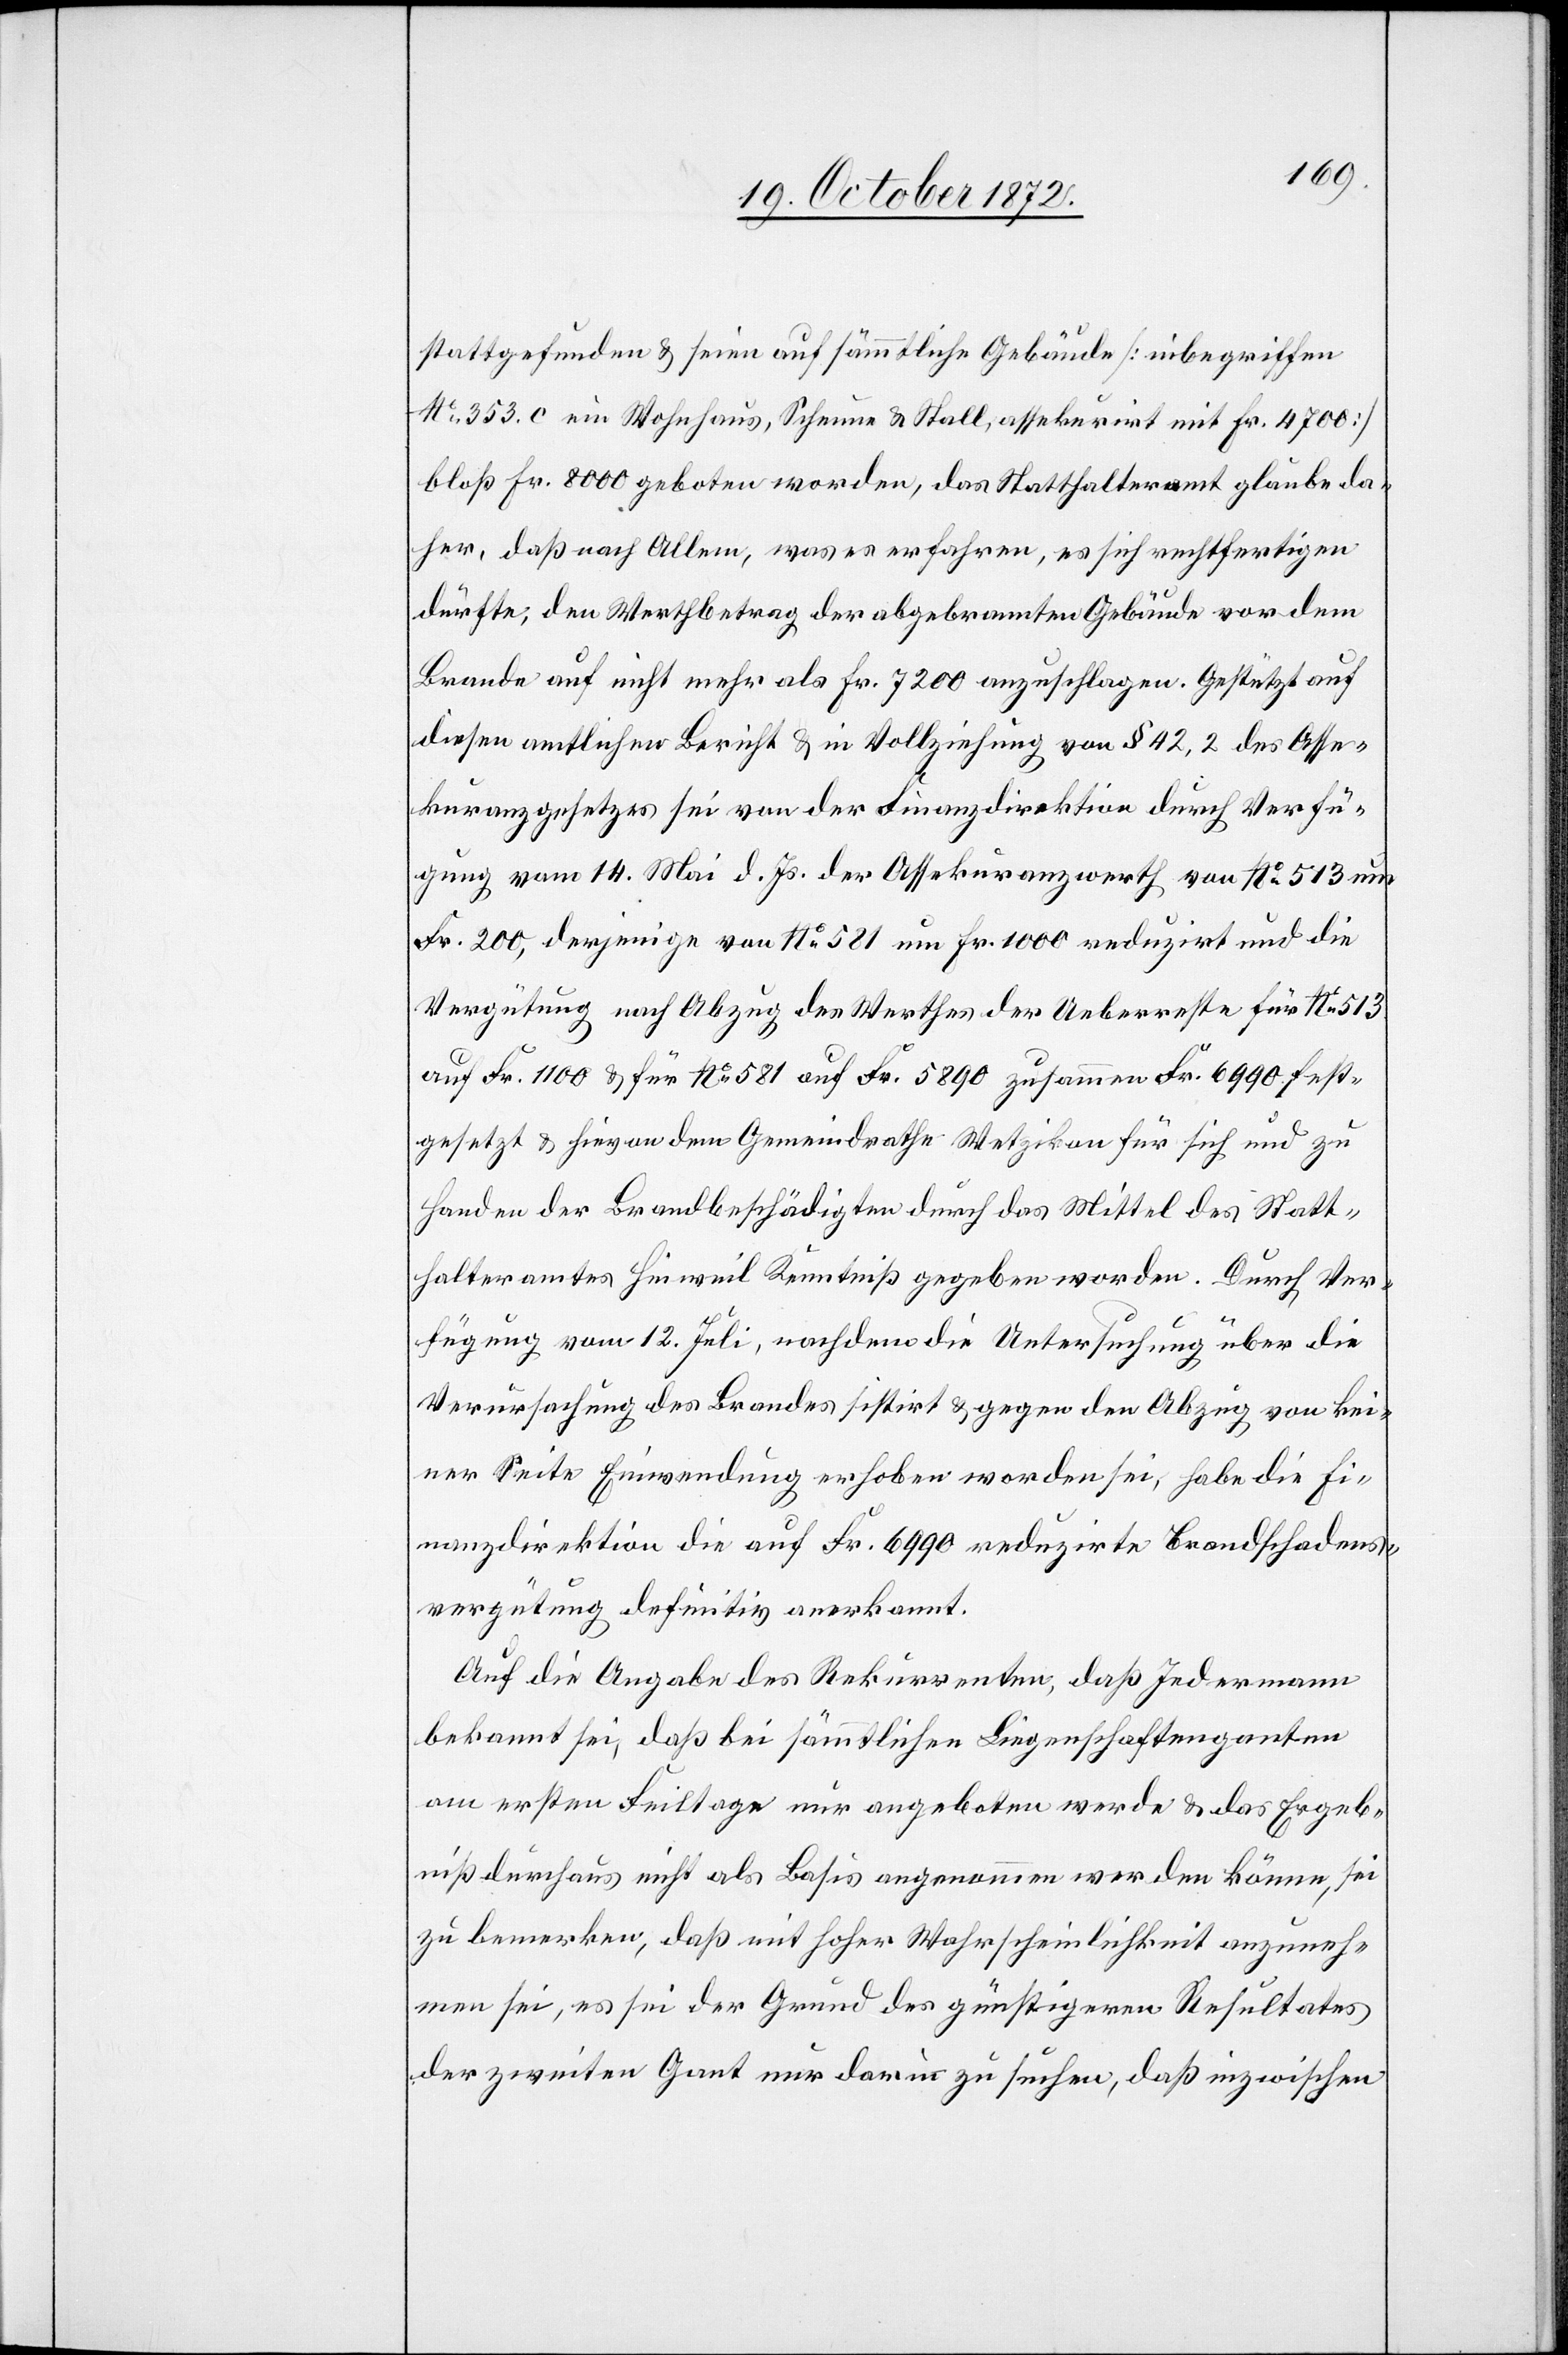
stattgefunden u. seien auf sämmtliche Gebäude [inbegriffen
No 353. c ein Wohnhaus, Scheune u. Stall assekurirt mit Fr. 4700]
bloß Fr. 8000 geboten worden, das Statthalteramt glaube da¬
her, daß nach Allem, was es erfahren, es sich rechtfertigen
dürfte, den Werthbetrag der abgebrannten Gebäude vor dem
Brande auf nicht mehr als Fr. 7200 anzuschlagen. Gestützt auf
diesen amtlichen Bericht u. in Vollziehung von § 42,2 des Asse¬
kuranzgesetzes sei von der Finanzdirektion durch Verfü¬
gung vom 14. Mai d. Js. der Assekuranzwerth von No 513 um
Fr. 200, derjenige von No 581 um Fr. 1000 reduzirt und die
Vergütung nach Abzug des Werthes der Ueberreste für No 513
auf Fr. 1100 u. für No 581 auf Fr. 5890 zusammen Fr. 6990 fest¬
gesetzt u. hievon dem Gemeindrathe Wetzikon für sich und zu
Handen der Brandbeschädigten durch das Mittel des Statt¬
halteramtes Hinweil Kenntniß gegeben worden. Durch Ver¬
fügung vom 12. Juli, nachdem die Untersuchung über die
Verursachung des Brandes sistirt u. gegen den Abzug von kei¬
ner Seite Einwendung erhoben worden sei, habe die Fi¬
nanzdirektion die auch Fr. 6990 reduzirte Brandschadens¬
vergütung definitiv anerkannt.
Auf die Angabe des Rekurrenten, daß Jedermann
bekannt sei, daß bei sämmtlichen Liegenschaftenganten
am ersten Feiltage nur angeboten werde u. das Ergeb¬
niß durchaus nicht als Basis angenommen werden könne, sei
zu bemerken, daß mit hoher Wahrscheinlichkeit anzuneh¬
men sei, es sei der Grund des günstigeren Resultates
der zweiten Ganz nur darin zu suchen, daß inzwischen